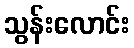
သွန်းလောင်း